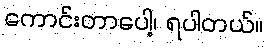
ကောင်းတာပေါ့၊ ရပါတယ်။